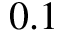
0 . 1